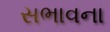
સભાવના